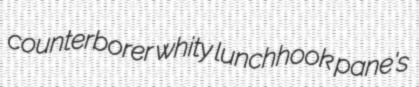
counterborer whity lunchhook pane's